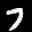
Label: 7